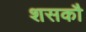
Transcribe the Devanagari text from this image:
शसकौ